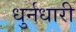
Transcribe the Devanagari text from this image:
धुर्नधारी